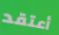
أعتقد